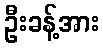
ဦးခန့်အား